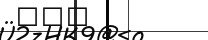
١٢٦